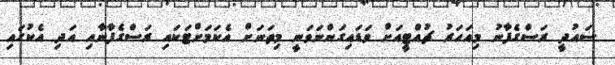
ސައުދީ ރަސްގެފާނު މިއަހަރު ޗުއްޓީއަށް ވަޑައިގަންނަވަނީ މިތަނަށް އެކަމަށްޓަކައި ރަސްގެފާނާއި އަދި އެކުގައި